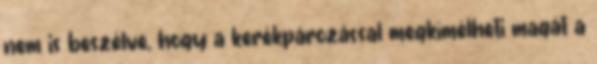
nem is beszélve, hogy a kerékpározással megkímélheti magát a